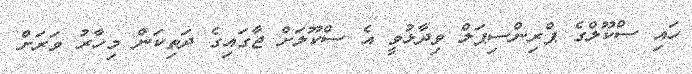
ހައި ސްކޫލްގެ ޕްރިންސިޕަލް ވިދާޅުވީ އެ ސްކޫލަށް ޖާގައިގެ ދަތިކަން މިހާރު ވަރަށް